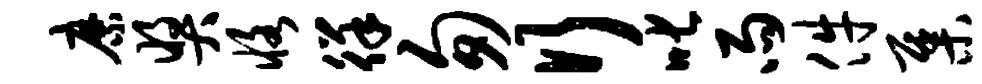
縻奖恪徉匆行叱雨件集